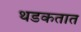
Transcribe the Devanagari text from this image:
थडकतात